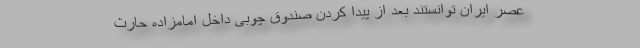
عصر ایران توانستند بعد از پیدا کردن صندوق چوبی داخل امامزاده حارث